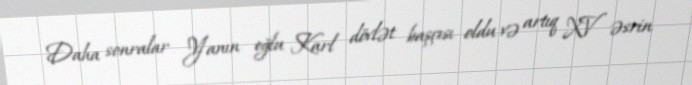
Daha sonralar Yanın oğlu Karl dövlət başçısı oldu və artıq XV əsrin